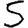
Digit: 5